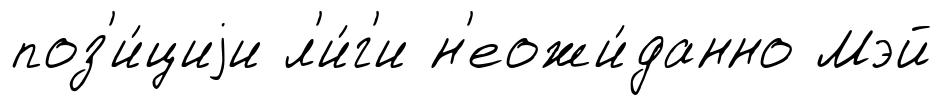
поз'и́циjи л'и́г'и н'еожи́данно Мэй